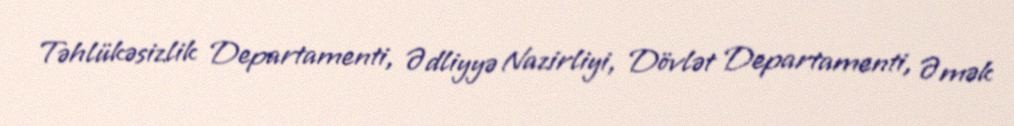
Təhlükəsizlik Departamenti, Ədliyyə Nazirliyi, Dövlət Departamenti, Əmək